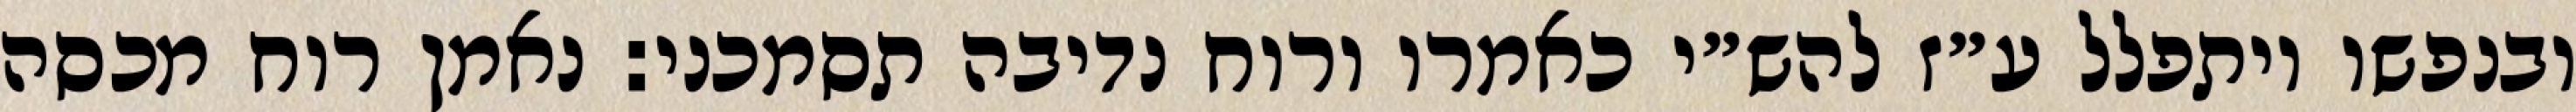
ובנפשו ויתפלל ע״ז להש״י כאמרו ורוח נדיבה תסמכני: נאמן רוח מכסה